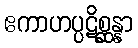
ဧကာဟပ္ပဋိစ္ဆန္နာ